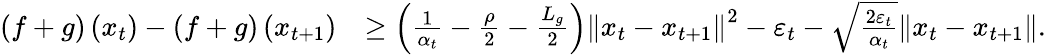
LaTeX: \begin{array}{rl}{\left(f+g\right)\left(x_{t}\right)-\left(f+g\right)\left(x_{t+1}\right)}&{\geq\left(\frac{1}{\alpha_{t}}-\frac{\rho}{2}-\frac{L_{g}}{2}\right)\left\Vert x_{t}-x_{t+1}\right\Vert^{2}-\varepsilon_{t}-\sqrt{\frac{2\varepsilon_{t}}{\alpha_{t}}}\| x_{t}-x_{t+1}\| .}\end{array}